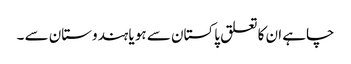
چاہے ان کا تعلق پاکستان سے ہو یا ہندوستان سے ۔